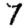
Digit: 7